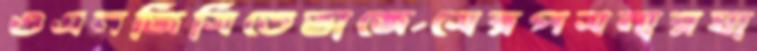
ওএনজিসিতেভার্জেসেরপসনারঘা